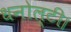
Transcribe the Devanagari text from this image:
धनोल्टी।